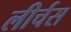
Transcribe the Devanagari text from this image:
लीर्चस